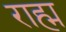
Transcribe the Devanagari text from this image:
राह्म